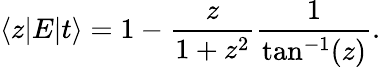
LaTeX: \langle z|E|t\rangle=1-\frac{z}{1+z^{2}}\frac{1}{\tan^{-1}(z)}.